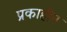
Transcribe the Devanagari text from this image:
प्रकाहीन